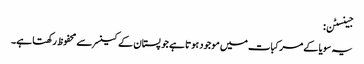
جینسٹن:
یہ سویا کے مرکبات میں موجود ہوتا ہے جو پستان کے کینسر سے محفوظ رکھتا ہے۔